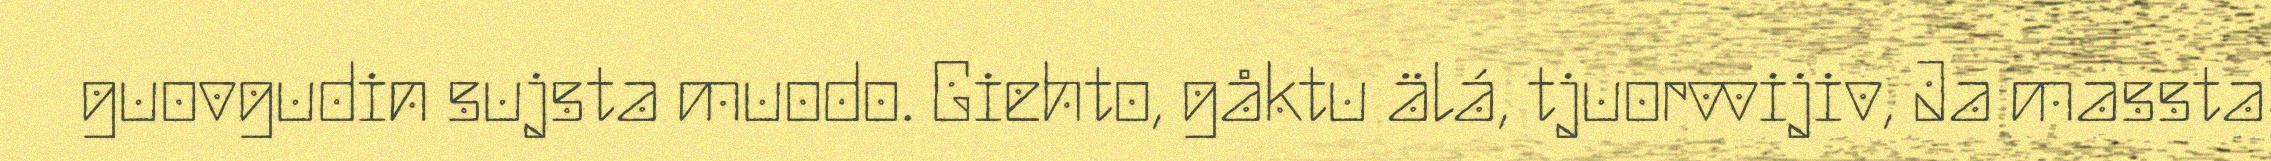
guovgudin sujsta muodo. Giehto, gåktu älá, tjuorvvijiv, Ja massta